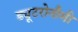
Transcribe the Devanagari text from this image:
ड्यूटरोनौमी